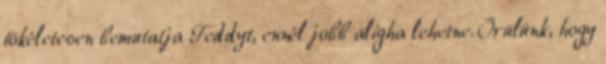
tökéletesen bemutatja Teddyt, ennél jobb aligha lehetne. Örülünk, hogy